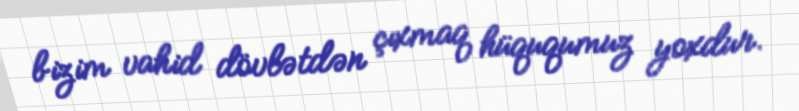
bizim vahid dövlətdən çıxmaq hüququmuz yoxdur.